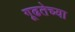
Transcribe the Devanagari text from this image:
गूढतेच्या